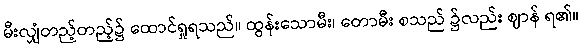
မီးလျှံတည့်တည့်၌ ထောင်ရှုရသည်။ ထွန်းသောမီး၊ တောမီး စသည် ၌လည်း ဈာန် ရ၏။